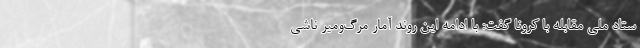
ستاد ملی مقابله با کرونا گفت: با ادامه این روند آمار مرگ‌ومیر ناشی